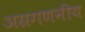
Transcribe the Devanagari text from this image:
अग्रगणनीय